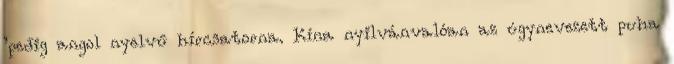
’pedig angol nyelvű hírcsatorna. Kína nyilvánvalóan az úgynevezett puha